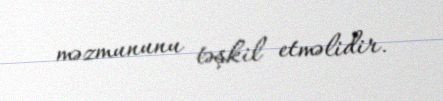
məzmununu təşkil etməlidir.